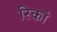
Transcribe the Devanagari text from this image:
रिकां